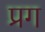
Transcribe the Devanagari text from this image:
प्रग